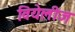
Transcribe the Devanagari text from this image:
वियेलीज